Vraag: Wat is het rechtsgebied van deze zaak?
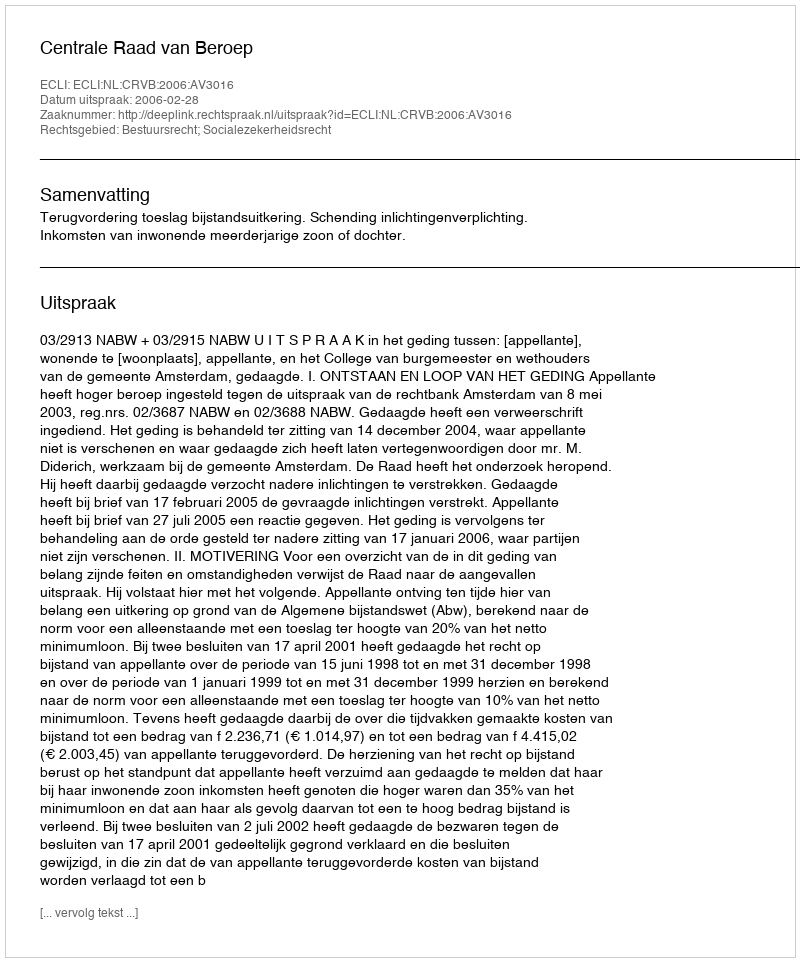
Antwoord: Bestuursrecht; Socialezekerheidsrecht